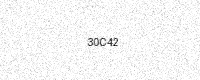
Text: 30C42